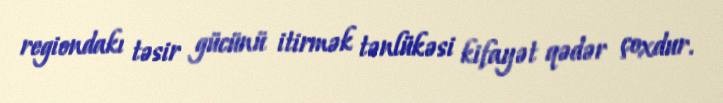
regiondakı təsir gücünü itirmək tənlükəsi kifayət qədər çoxdur.